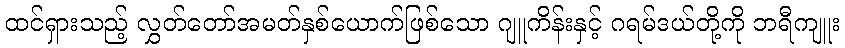
ထင်ရှားသည့် လွှတ်တော်အမတ်နှစ်ယောက်ဖြစ်သော ဂျူကိန်းနှင့် ဂရမ်ဒယ်တို့ကို ဘရီကျူး